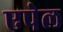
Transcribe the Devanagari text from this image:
एपेल